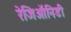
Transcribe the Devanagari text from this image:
रेजिऑनिडी